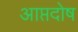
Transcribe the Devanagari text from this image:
आप्तदोष